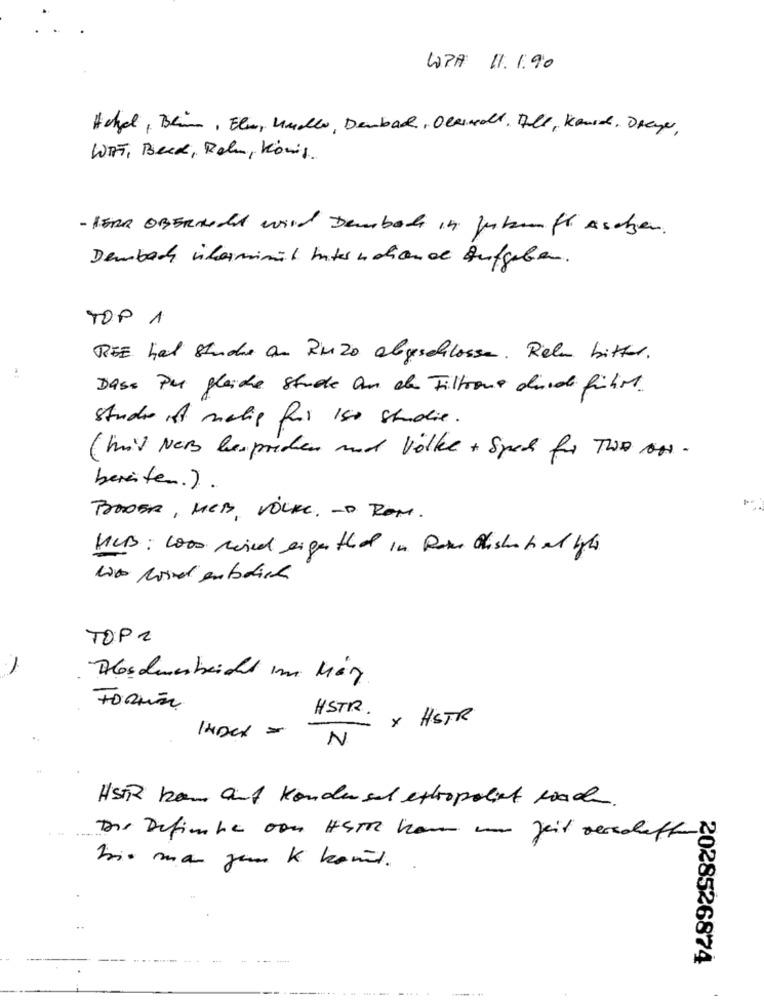
WPA 11. 1.90
Achal , Blin , Eli , Undller , Dambach , Obencolt . All , Koud . Dreyer ,
WTF, Beck, Bolu, König.
- HERR OBERAcht wird Dembal in zukunft Aschen.
Demback üharminüt Internohand Aufgeben.
TOP 1
RIE hal studie an ZuZa abgeschlossen. Rele bitter.
:
Dase Per gleiche stude an de Filtrone disdi führt.
studie of malig far Ise studie.
( mit Ners besprochen und Völkl + Specs for Two ons -
bereiten.).
BRODER, HEB, VOLK. -. ROM.
HUB: was ried sigerthed in Rom Ofisheti et igte
TOP2
Hoschwerbeicht im Män
HSTR.
X HSTR
-
N
HSTR kom auf Kondensat extropalet wach
Die Definbe von HETT han um Jeit veroeff?
Wie man jem k kannst. .
2028526874